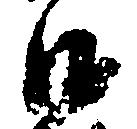
沙